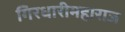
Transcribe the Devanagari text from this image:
गिरधारीमहाराज